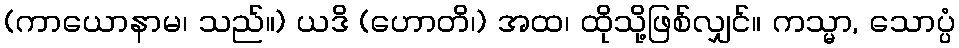
(ကာယောနာမ၊ သည်။) ယဒိ (ဟောတိ၊) အထ၊ ထိုသို့ဖြစ်လျှင်။ ကသ္မာ, သောပ္ပံ